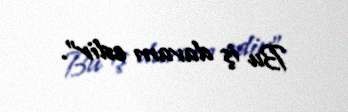
Bu iş davam edir”.